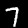
Digit: 7